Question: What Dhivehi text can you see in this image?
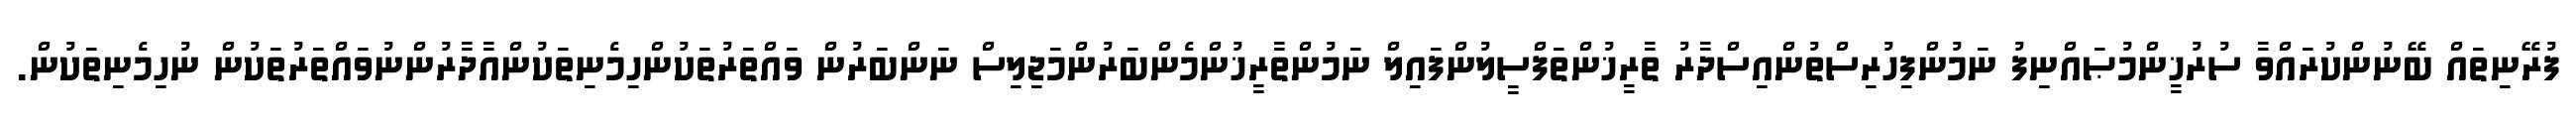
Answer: ފުރޭނިތައް ބޭނުންކުރައްވާ ސުރުޚީންމުޞައްނިފު ނަމުންފިހުރިސްތުންއިސްދާރު ތާރީޚުންތަފްސީލުންފައިލް ނަމުންތާރީޚުންމެންބަރުންމަޖިލިސް ނަންބަރުން ވައްތަރުތަކުންހިމެނިތަކުންއާދާރުންނުވައްތަރުތަކުން ނުހިމެނިތަކުން.